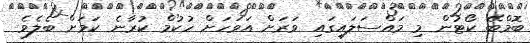
ބޮމްބޭ ކޯޓުން މި މައްސަލައިގައި ވަރަށް އަވަަހަށް ހުކުމް ކުރާނެ ކަމަށް ބެލެވެ